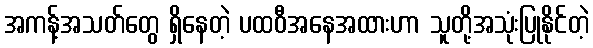
အကန့်အသတ်တွေ ရှိနေတဲ့ ပထဝီအနေအထားဟာ သူတို့အသုံးပြုနိုင်တဲ့